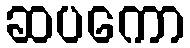
ဆပကော